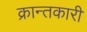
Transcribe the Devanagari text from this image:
क्रान्तकारी